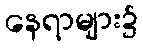
နေရာများ၌